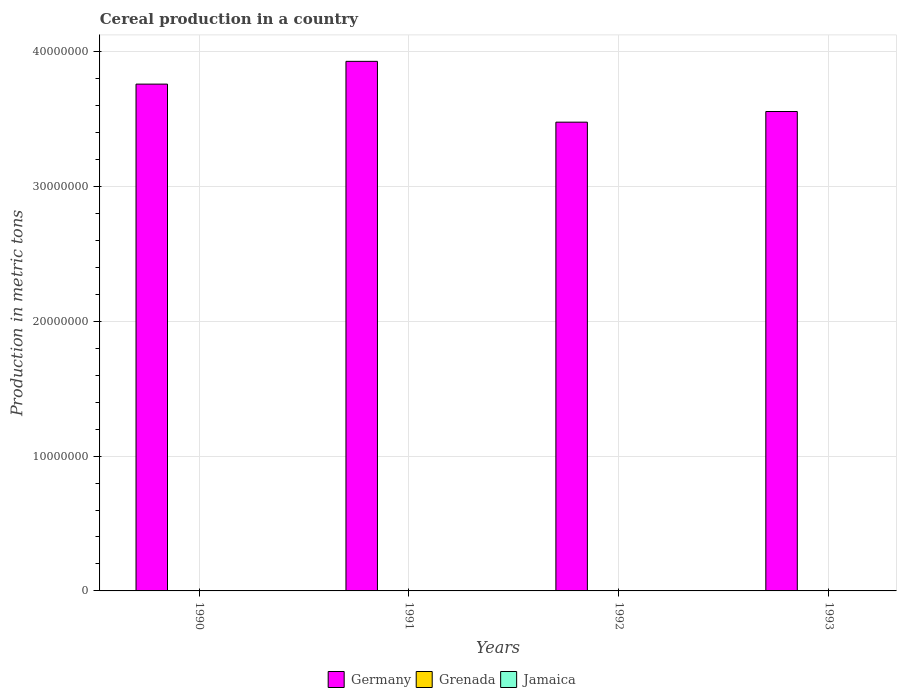
| Years | Germany | Grenada | Jamaica |
 | --- | --- | --- | --- |
 | 1990 | 3.76e+07 | 258 | 2.38e+03 |
 | 1991 | 3.93e+07 | 295 | 3.47e+03 |
 | 1992 | 3.48e+07 | 337 | 4.33e+03 |
 | 1993 | 3.55e+07 | 386 | 3.56e+03 |